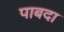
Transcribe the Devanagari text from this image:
पाबदा